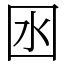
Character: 囦